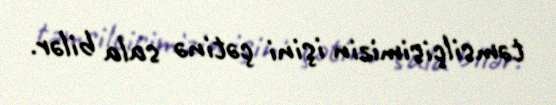
təmsilçisimizin işini çətinə sala bilər.